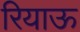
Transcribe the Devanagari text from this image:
रियाऊ